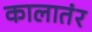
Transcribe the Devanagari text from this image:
कालातंर